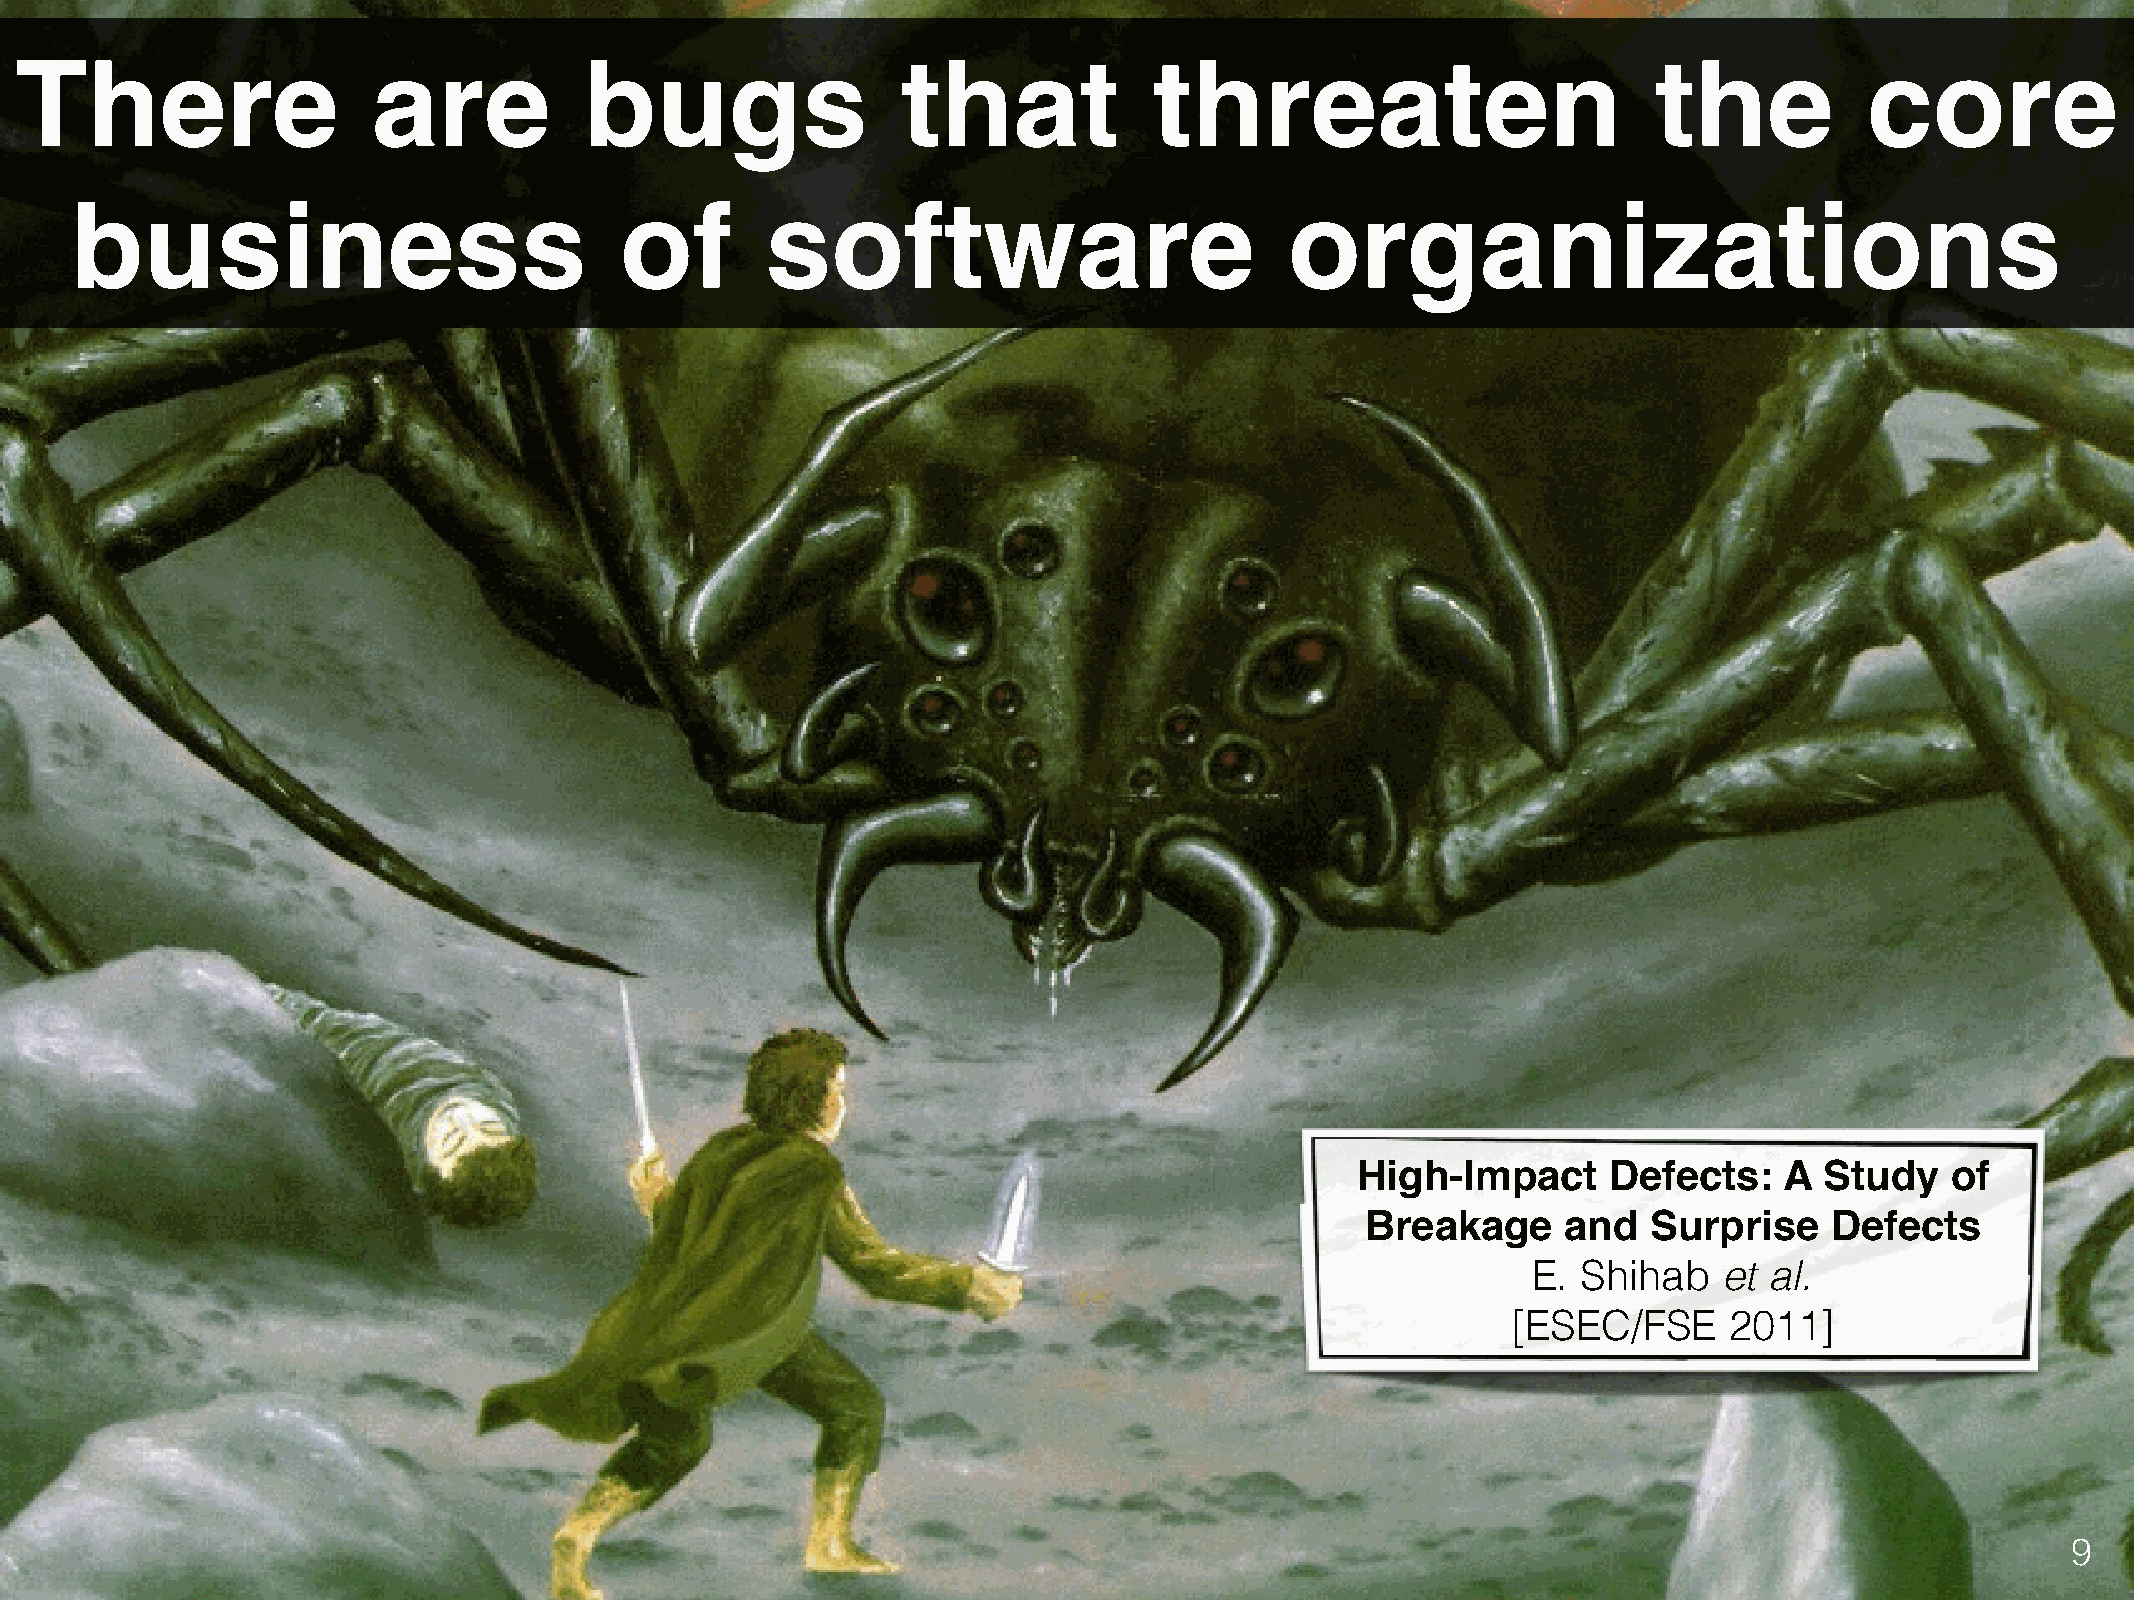
There                   are           bugs                 that            threaten                          the           core
 business                            of        software                          organizations
 High-Impact     Defects:    A  Study   of
 Breakage      and  Surprise    Defects
 E.  Shihab   et al.
 [ESEC/FSE     2011]
 9